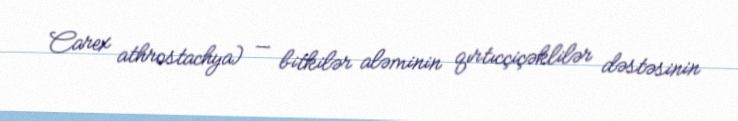
Carex athrostachya) — bitkilər aləminin qırtıcçiçəklilər dəstəsinin